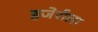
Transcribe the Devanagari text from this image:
हजेरीला